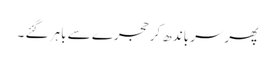
پھرسر باندھ کر حجرے سے باہر گئے ۔